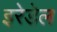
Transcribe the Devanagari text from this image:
इरेडेल